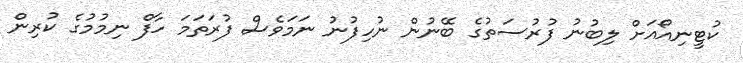
ކުޓީނިއޯއަށް ލިބުނު ފުރުސަތުގެ ބޭނުން ނުހިފުނު ނަމަވެސް ފުރަތަމަ ހާފް ނިމުމުގެ ކުރިން